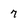
Character: 7